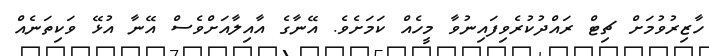
ހާޒިރުވުމަށް ޗިޓް ރައްދުކުރެވިފައިނުވާ މީހެއް ކަމަށެވެ. އޭނާގެ އާއިލާއަށްވެސް އޭނާ އުޅޭ ވަކިތަނެއް